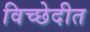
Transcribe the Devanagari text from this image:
विच्छेदीत